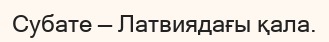
Субате — Латвиядағы қала.